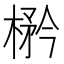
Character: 𱣼